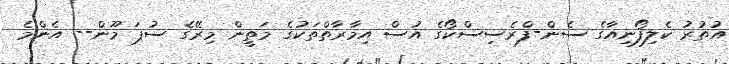
އުުތުރު ކެލިފޯނިއާގެ ސެން-ފްރެސިސްކޯގެ އުސް އިމާރާތްތަކުގެ މަތީން މިރޭގެ ސުޕަ މޫން-- އެންމެ